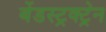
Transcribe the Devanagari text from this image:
बेंडस्ट्रक्ट्रेन